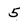
Character: 5